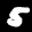
Label: 5